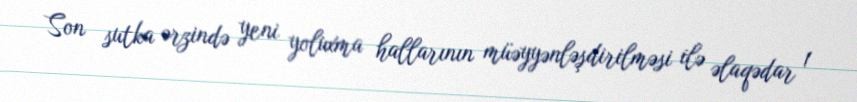
Son sutka ərzində yeni yoluxma hallarının müəyyənləşdirilməsi ilə əlaqədar 1